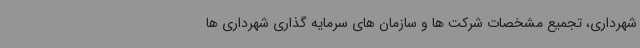
شهرداری، تجمیع مشخصات شرکت ها و سازمان های سرمایه گذاری شهرداری ها